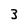
Character: 3